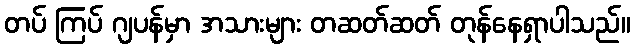
တပ် ကြပ် ဂျပန်မှာ အသားများ တဆတ်ဆတ် တုန်နေရှာပါသည်။